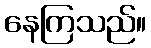
နေကြသည်။